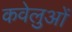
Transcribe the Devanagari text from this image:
कवेलुओं